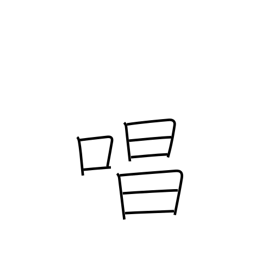
Meaning: chant